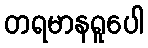
တရမာနရူပေါ